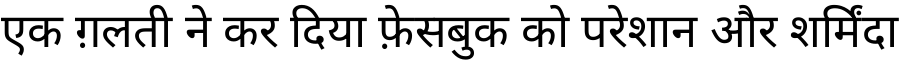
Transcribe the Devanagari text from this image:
एक ग़लती ने कर दिया फ़ेसबुक को परेशान और शर्मिंदा